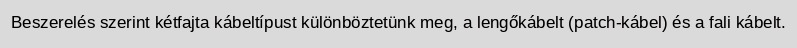
Beszerelés szerint kétfajta kábeltípust különböztetünk meg, a lengőkábelt (patch-kábel) és a fali kábelt.